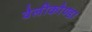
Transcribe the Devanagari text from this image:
वेलीकोण्डा